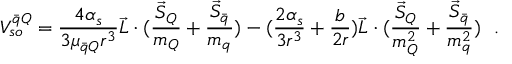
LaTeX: V _ { s o } ^ { \bar { q } Q } = { \frac { 4 \alpha _ { s } } { 3 \mu _ { \bar { q } Q } r ^ { 3 } } } \vec { L } \cdot ( { \frac { \vec { S } _ { Q } } { m _ { Q } } } + { \frac { \vec { S } _ { \bar { q } } } { m _ { q } } } ) - ( { \frac { 2 \alpha _ { s } } { 3 r ^ { 3 } } } + { \frac { b } { 2 r } } ) \vec { L } \cdot ( { \frac { \vec { S } _ { Q } } { m _ { Q } ^ { 2 } } } + { \frac { \vec { S } _ { \bar { q } } } { m _ { q } ^ { 2 } } } ) ~ ~ .